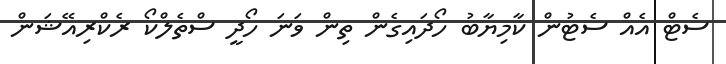
ސެޓް އެއް ސެޓުން ކާމިޔާބު ހޯދައިގެން ތިން ވަނަ ހޯދީ ސްތެލްކޯ ރެކްރިއޭޝަން